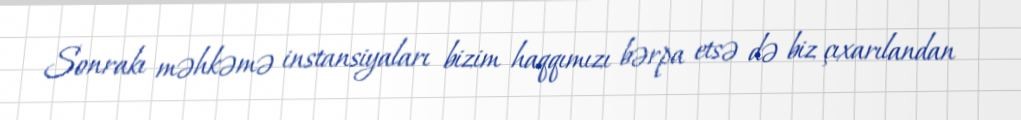
Sonrakı məhkəmə instansiyaları bizim haqqımızı bərpa etsə də biz çıxarılandan